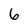
Character: 6